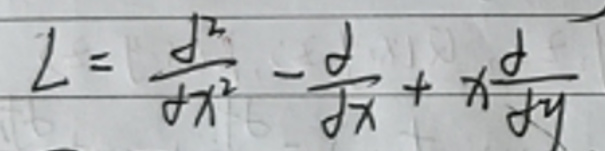
\[ L = \frac{d^2}{dx^2} - \frac{d}{dx} + x\frac{d}{dy} \]